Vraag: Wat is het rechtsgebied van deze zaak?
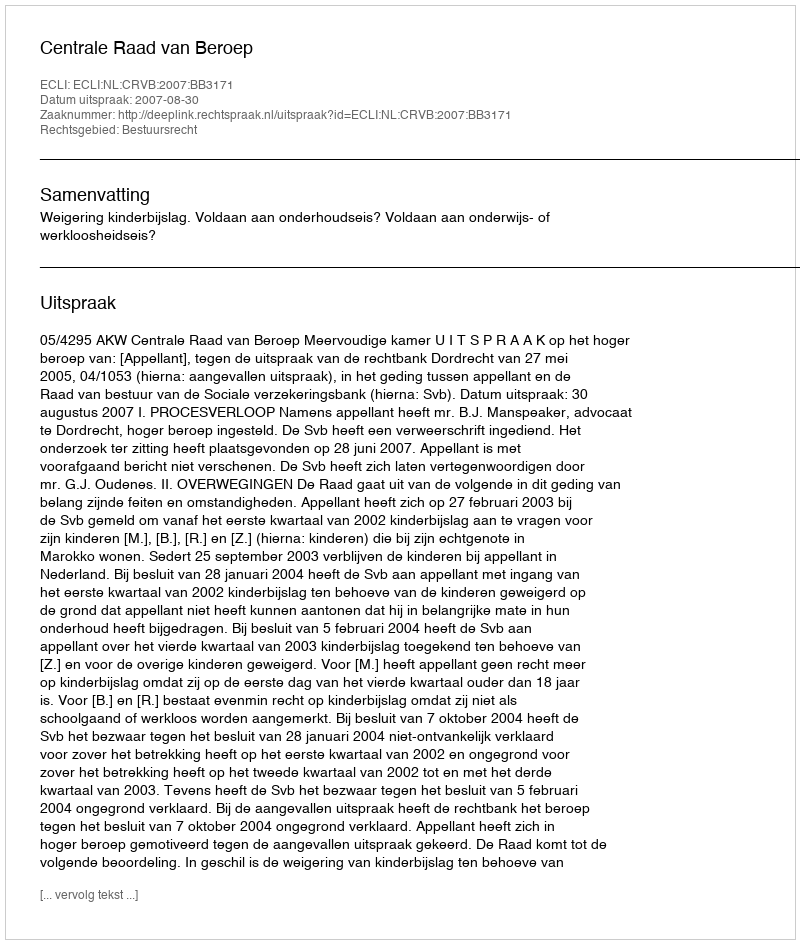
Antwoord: Bestuursrecht